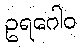
ဥရဂေါဝ